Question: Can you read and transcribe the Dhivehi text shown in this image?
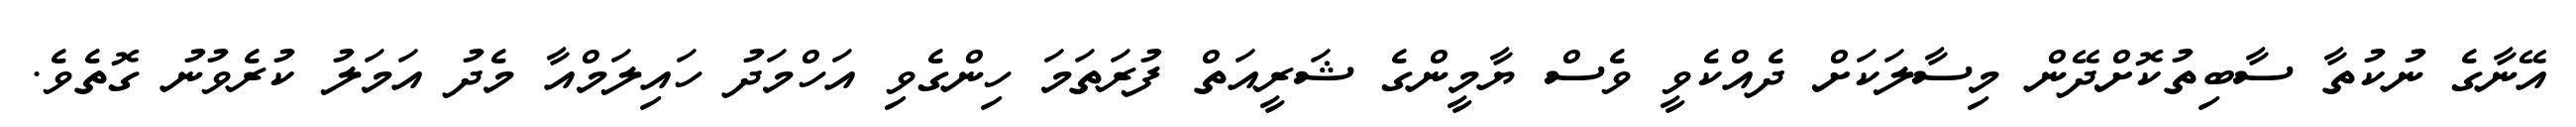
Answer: އޭނާގެ ނުކުތާ ސާބިތުކޮށްދޭން މިސާލަކަށް ދެއްކެވީ ވެސް ޔާމީންގެ ޝަރީއަތް ފުރަތަމަ ހިންގެވި އަހްމަދު ހައިލަމްއާ މެދު އަމަލު ކުރެވުނު ގޮތެވެ.